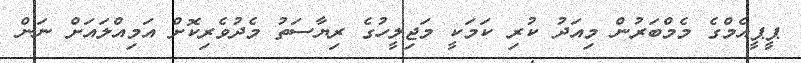
ޕީޕީއެމްގެ މެމްބަރުން މިއަދު ކުރި ކަމަކީ މަޖިލީހުގެ ރިޔާސަތު މެދުވެރިކޮށް އަމިއްލައަށް ނަން